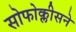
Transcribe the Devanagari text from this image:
सोफोक्लीसने